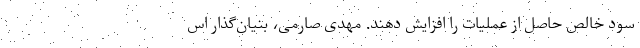
سود خالص حاصل از عملیات را افزایش دهند. مهدی صارمی، بنیان‌گذار اس